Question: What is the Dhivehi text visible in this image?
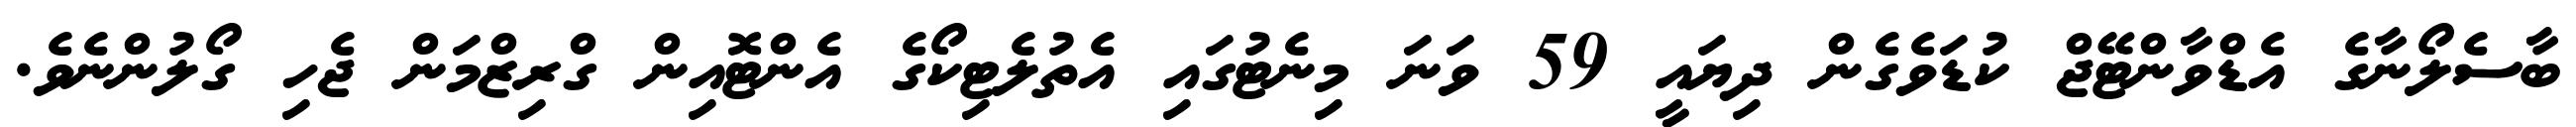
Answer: ބާސެލޯނާގެ އެޑްވާންޓޭޖް ކުޑަވެގެން ދިޔައީ 59 ވަނަ މިނެޓުގައި އެތުލެޓިކޯގެ އެންޓޮއިން ގްރިޒްމަން ޖެހި ގޯލުންނެވެ.